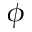
\phi